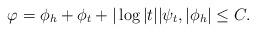
LaTeX: \begin{align*}\varphi= \phi_h+ \phi_t+ |\log |t||\psi_t, |\phi_h|\leq C.\end{align*}